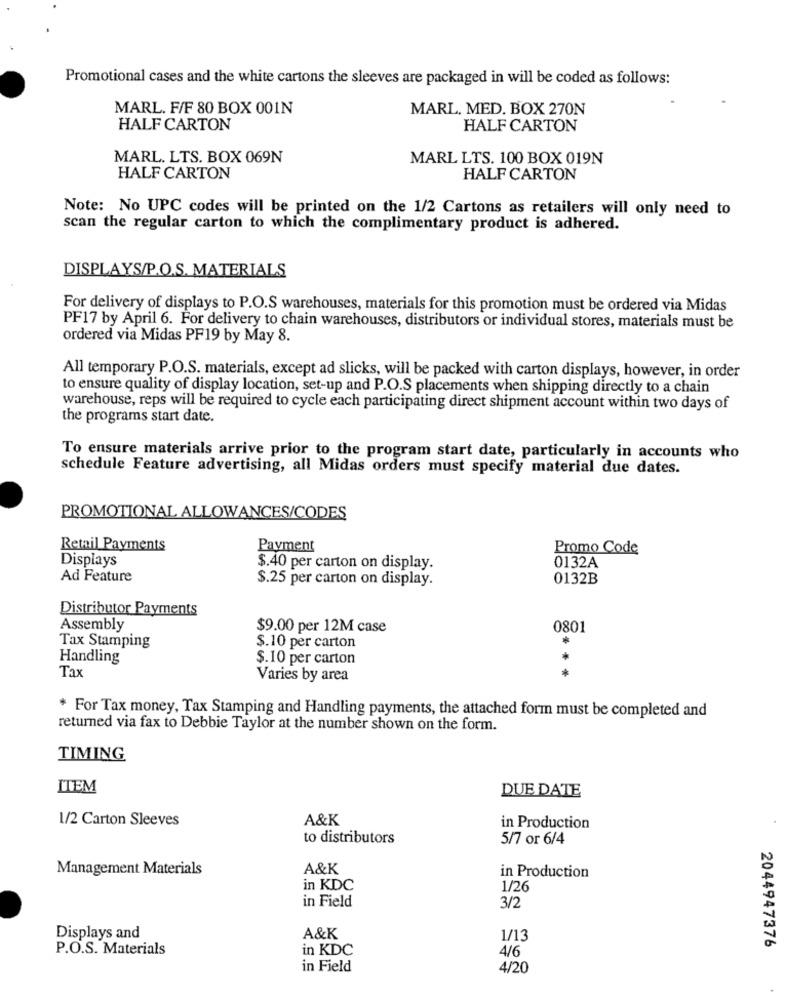
Promotional cases and the white cartons the sleeves are packaged in will be coded as follows:
MARL. F/F 80 BOX 001N
MARL. MED. BOX 270N
HALF CARTON
HALF CARTON
MARL. LTS. BOX 069N
MARL LTS. 100 BOX 019N
HALF CARTON
HALF CARTON
Note: No UPC codes will be printed on the 1/2 Cartons as retailers will only need to
scan the regular carton to which the complimentary product is adhered.
DISPLAYS/P.O.S. MATERIALS
For delivery of displays to P.O.S warehouses, materials for this promotion must be ordered via Midas
PF17 by April 6. For delivery to chain warehouses, distributors or individual stores, materials must be
ordered via Midas PF19 by May 8.
All temporary P.O.S. materials, except ad slicks, will be packed with carton displays, however, in order
to ensure quality of display location, set-up and P.O.S placements when shipping directly to a chain
warehouse, reps will be required to cycle each participating direct shipment account within two days of
the programs start date.
To ensure materials arrive prior to the program start date, particularly in accounts who
schedule Feature advertising, all Midas orders must specify material due dates.
PROMOTIONAL ALLOWANCES/CODES
Retail Payments
Payment
Promo Code
Displays
$.40 per carton on display.
0132A
Ad Feature
$.25 per carton on display.
0132B
Distributor Payments
Assembly
$9.00 per 12M case
0801
Tax Stamping
$.10 per carton
Handling
$.10 per carton
**
Tax
Varies by area
* For Tax money, Tax Stamping and Handling payments, the attached form must be completed and
returned via fax to Debbie Taylor at the number shown on the form.
TIMING
ITEM
DUE DATE
1/2 Carton Sleeves
A&K
in Production
to distributors
5/7 or 6/4
Management Materials
A&K
in Production
in KDC
1/26
in Field
3/2
Displays and
A&K
1/13
2044947376
P.O.S. Materials
in KDC
4/6
in Field
4/20
.